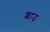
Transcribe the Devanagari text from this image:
शाउ